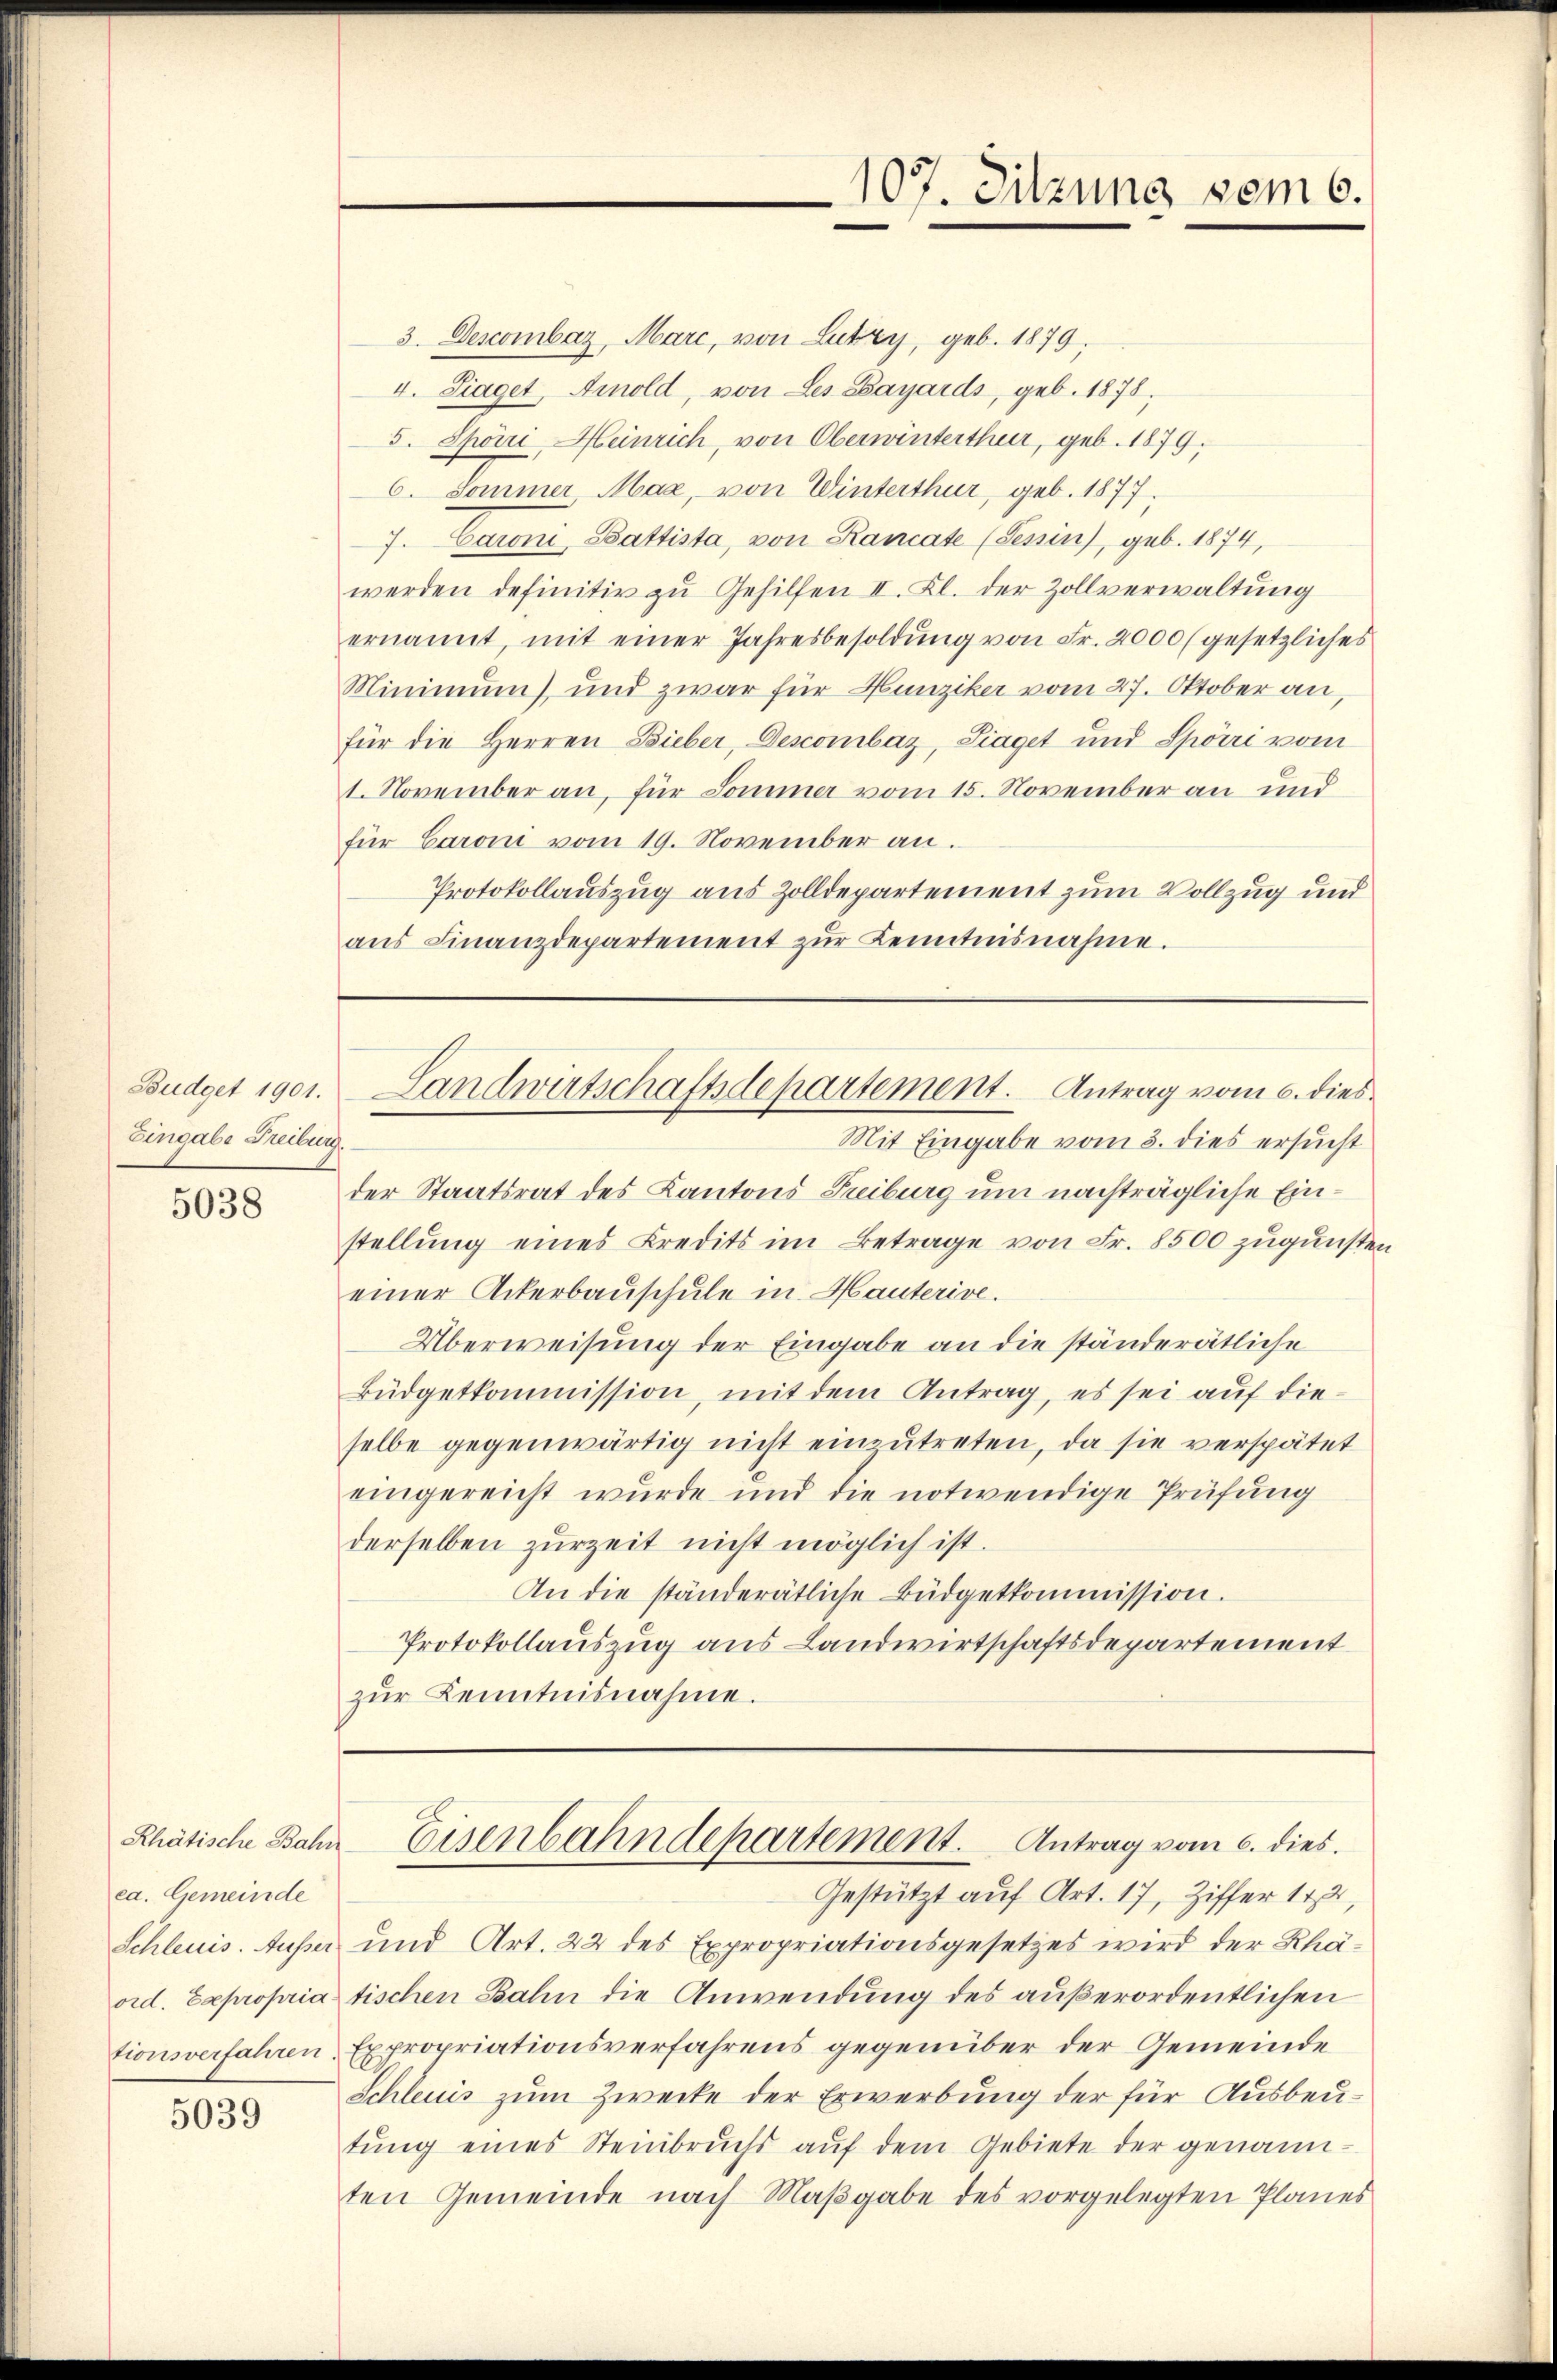
Budget 1901.
Eingabe Freiburg.

5038

ca. Gemeinde
ord. Expropria
tionsverfahren

5039

3. Descombar, Marc, von Lutry, geb. 1879,
4. Liaget, Arnold, von Les Bayards, geb. 1878,
3. Spörri, Heinrich, von Oberwinterthur, geb. 1879.
6. Sommer, Mag, von Winterthur, geb. 1877.
7. Caroni, Battista, von Rancate (Tessin, geb. 1874,
werden definitiv zu Gehilfen II. Kl. der Zollverwaltung
ernannt, mit einer Jahresbesoldung von Fr. 2000 (gesetzliches
Minimum) und zwar für Hunziker vom 27. Oktober an,
für die Herren Bieber, Descombaz, Liaget und Spörri vom
1. November an, für Sommer vom 15. November an und
für Baroni vom 19. November an.
Protokollauszug aus Zolldepartement zum Vollzug und
aŭs Finanzdepartement zŭr Kenntnisnahme.
Landwirtschaftsdepartement. Antrag vom 6. dies¬
Mit Eingabe vom 3. dies ersucht
der Staatsrat des Kantons Treiburg um nachträgliche Einstellung eines Kredits im Betrage von Fr. 8500 zugunsten
einer Ackerbauschule in Mauterive.
Überweisung der Eingabe an die ständerätliche
Büdgetkommission, mit dem Antrag, es sei auf dieselbe gegenwärtig nicht einzŭtreten, da sie verspätet
eingereicht wurde und die notwendige Prüfung
derselben zurzeit nicht möglich ist.
An die ständerätliche Büdgetkommission.
Protokollauszug aus Landwirtschaftsdepartement
zŭr Kenntnisnahme.

107. Sitzung vom 6.

Gestützt auf Art. 17, Ziffer 172,
Schleuis. Ausser und Art. 22 des Expropriationsgesetzes wird der Rhätischen Bahn die Anwendung des außerordentlichen
Expropriationsverfahrens gegenüber der Gemeinde
Schleuis zum Zwecke der Erwerbung der für Ausbeutŭng eines Steinbruchs aŭf dem Gebiete der genann-
ten Gemeinde nach Maβgabe des vorgelegten Planes

Rhätische Bahn Eisenbahndepartement. Antrag vom 6. dies